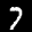
Label: 7